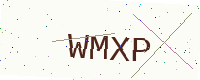
Text: WMXP